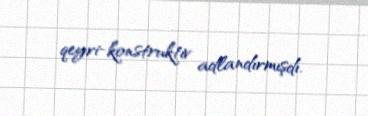
qeyri-konstruktiv adlandırmışdı.